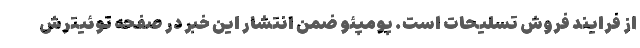
از فرایند فروش تسلیحات است. پومپئو ضمن انتشار این خبر در صفحه توئیترش